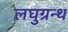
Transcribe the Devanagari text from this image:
लघुग्रन्थ